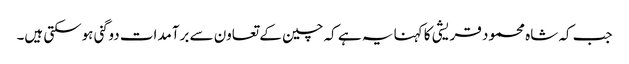
جب کہ شاہ محمود قریشی کا کہنا یہ ہے کہ چین کے تعاون سے برآمدات دوگنی ہوسکتی ہیں۔